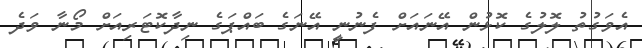
އެވަގުތު ލޮލުގެ ކޮޅުން އޭނައަށް ފެނުނީ އޭނަގެ ބައްޕަގެ ނިދާކޮޓަރިއަށް މޯނާ ވަދެ